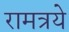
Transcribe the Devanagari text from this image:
रामत्रये